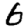
Digit: 6